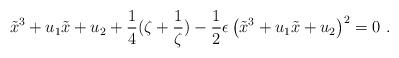
LaTeX: \begin{align*}\tilde{x}^3 + u_1 \tilde{x} + u_2 + \frac{1}{4} (\zeta + \frac{1}{\zeta})-\frac{1}{2}\epsilon\left( \tilde{x}^3 + u_1 \tilde{x} + u_2 \right)^2 = 0 \ .\end{align*}